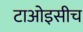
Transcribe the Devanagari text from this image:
टाओइसीच